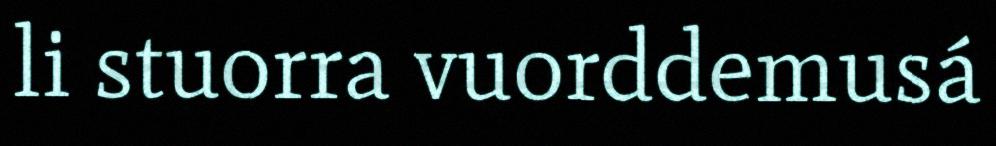
li stuorra vuorddemusá